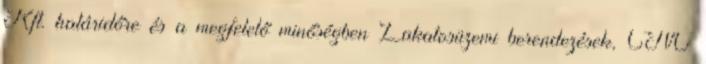
Kft. határidőre és a megfelelő minőségben Lakatosüzemi berendezések, CNC